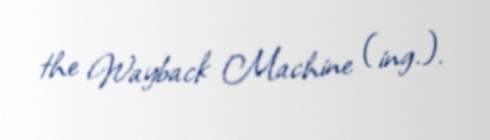
the Wayback Machine (ing.).